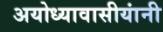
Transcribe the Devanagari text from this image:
अयोध्यावासीयांनी